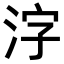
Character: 𬇤